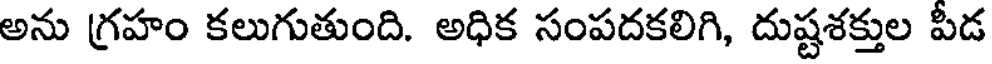
అను గ్రహం కలుగుతుంది. అధిక సంపదకలిగి, దుష్టశక్తుల పీడ